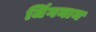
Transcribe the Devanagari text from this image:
जिंगनान